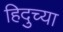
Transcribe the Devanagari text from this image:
हिदुच्या